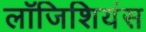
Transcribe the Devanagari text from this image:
लॉजिशियंस